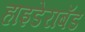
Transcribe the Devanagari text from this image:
हाइडेराबॅड